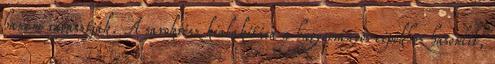
hanem ragasztják. A sarokrész kialakítása a hagyományos cipőkhöz hasonlít,